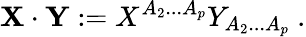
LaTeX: {\mathbf X}\cdot{\mathbf Y}:=X^{A_{2}...A_{p}}Y_{A_{2}...A_{p}}\ .